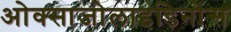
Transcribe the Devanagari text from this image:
ओक्साजोलाइडिनोंस